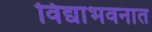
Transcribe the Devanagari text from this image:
विद्याभवनात